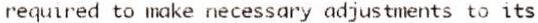
REQUIRED TO MAKE NECESSARY ADJUSTMENTS TO ITS